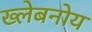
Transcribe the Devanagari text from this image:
ख्लेबनोय